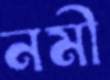
নমী